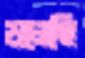
ডলেছি